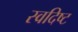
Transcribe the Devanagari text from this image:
स्वदिष्ट